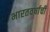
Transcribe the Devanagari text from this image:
भारतवर्षाची